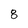
Character: 8